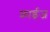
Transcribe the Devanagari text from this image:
फ्राईज